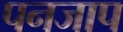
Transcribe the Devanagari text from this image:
पनजाप